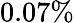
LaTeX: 0.07\%